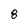
Character: 8